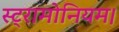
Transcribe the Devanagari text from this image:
स्ट्रामोनियम।